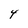
Character: Y